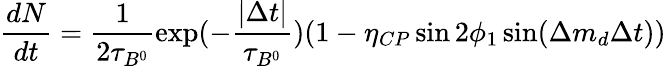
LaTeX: \frac{dN}{dt}=\frac{1}{2\tau_{B^{0}}}\exp(-\frac{|\Delta t|}{\tau_{B^{0}}})(1-\eta_{CP}\sin 2\phi_{1}\sin(\Delta m_{d}\Delta t))